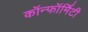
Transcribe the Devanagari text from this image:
कॉन्फॉर्मिटी